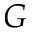
G